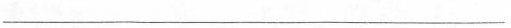
___